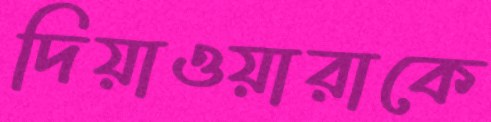
দিয়াওয়ারাকে